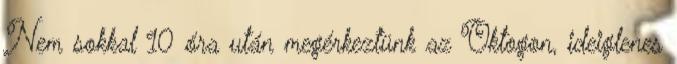
Nem sokkal 10 óra után megérkeztünk az Oktogon, ideiglenes